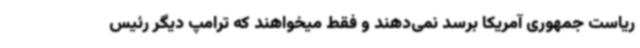
ریاست جمهوری آمریکا برسد نمی‌دهند و فقط میخواهند که ترامپ دیگر رئیس